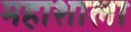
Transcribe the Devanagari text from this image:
महाशाला